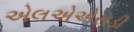
એલએએસડી